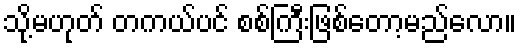
သို့မဟုတ် တကယ်ပင် စစ်ကြီးဖြစ်တော့မည်လော။